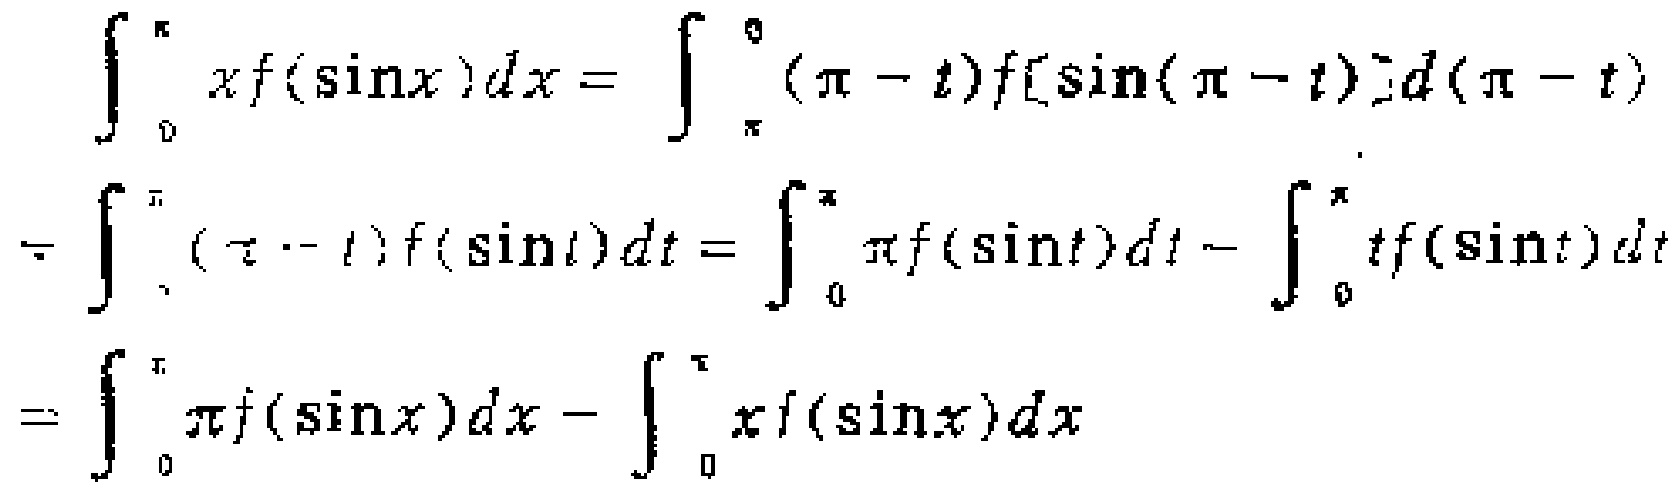
\[
\begin{align*}
\int_{0}^{\pi}xf(\sin x)dx&=\int_{\pi}^{0}(\pi - t)f[\sin(\pi - t)]d(\pi - t)\\
&=\int_{0}^{\pi}(\pi - t)f(\sin t)dt=\int_{0}^{\pi}\pi f(\sin t)dt-\int_{0}^{\pi}tf(\sin t)dt\\
&=\int_{0}^{\pi}\pi f(\sin x)dx-\int_{0}^{\pi}xf(\sin x)dx
\end{align*}
\]